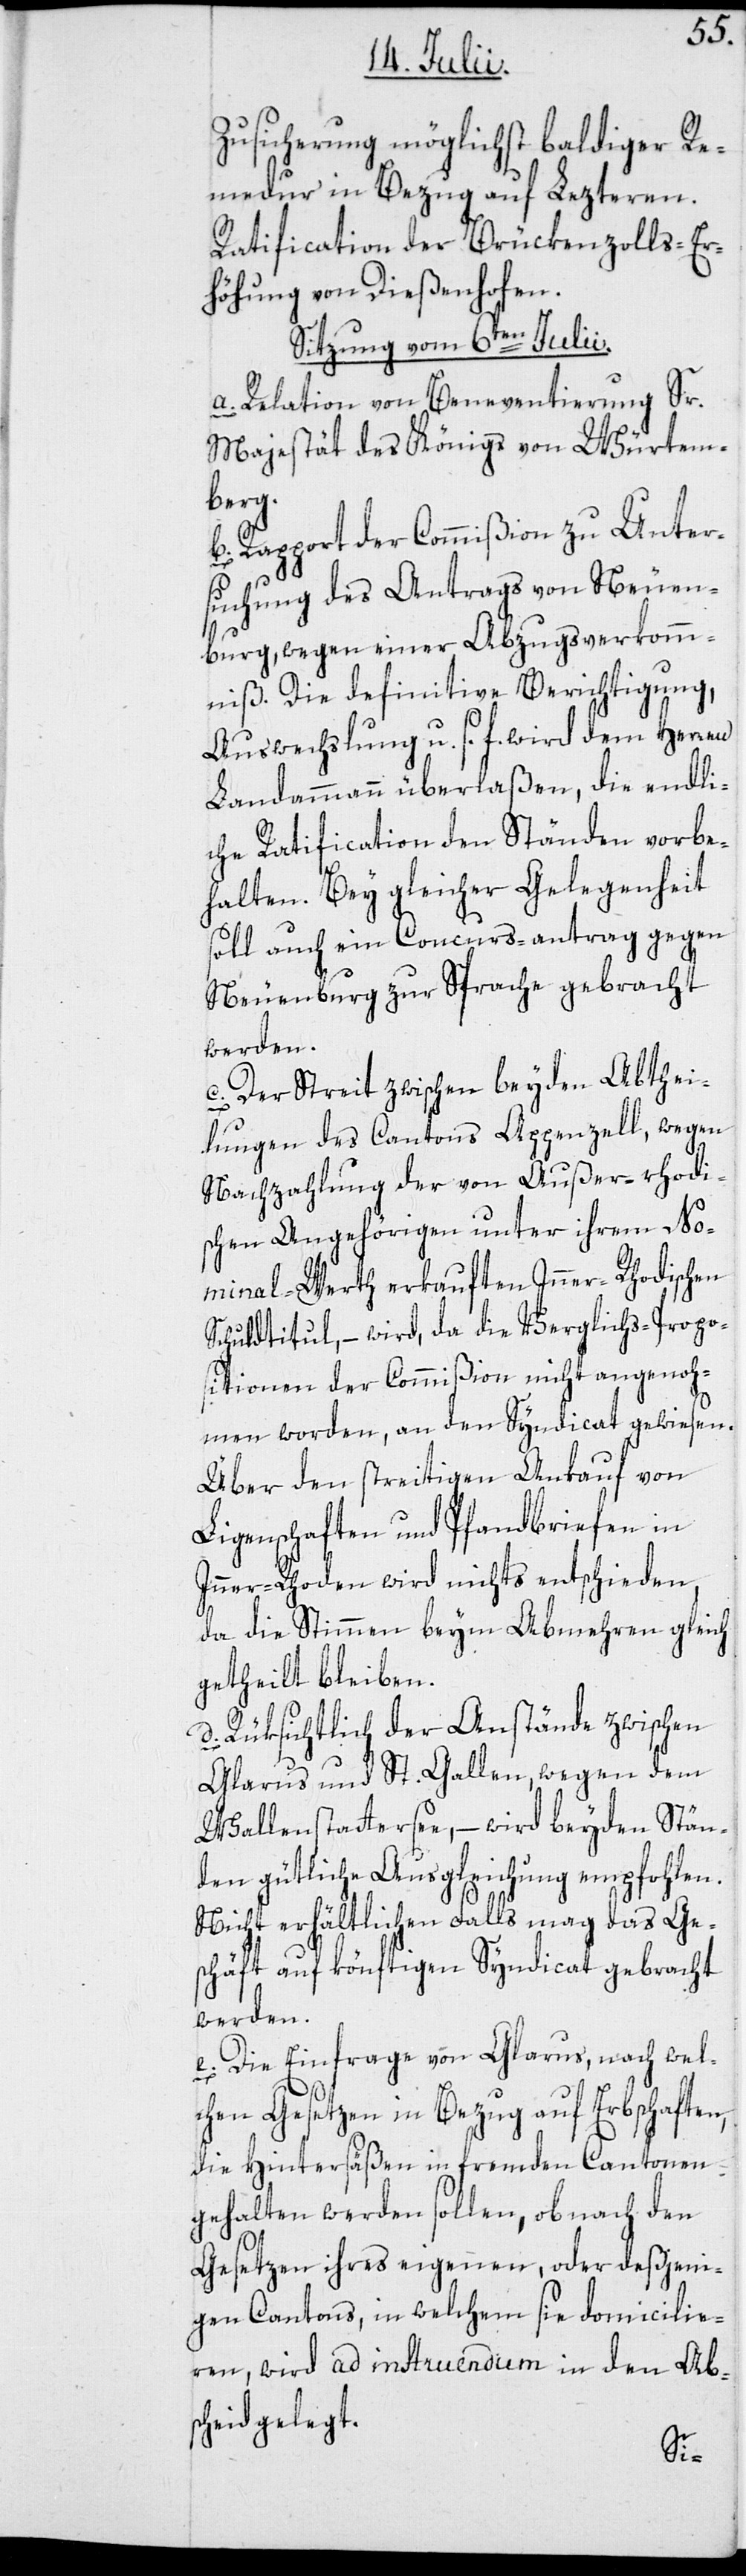
Zusicherung möglichst baldiger Re¬
medur in Bezug auf Lezteren.
Ratification der Brückenzolls-Er¬
höhung von Dießenhofen.
Sitzung vom 6ten Julii.
a. Relation von Beneventierung Sr.
Majestät des Königs von Würtem¬
berg.
b. Rapport der Commißion zu Unter¬
suchung des Antrags von Neuen¬
burg, wegen einer Abzugesverkomm¬
niß. Die definitive Berichtigung,
Auswechslung u. s. f. wird dem Herren
Landammann überlaßen, die endli¬
che Ratification den Ständen vorbe¬
halten. Bey gleicher Gelegenheit
soll auch ein Concurs-antrag gegen
Neuenburg zur Sprache gebracht
werden.
c. Der Streit zwischen beyden Abthei¬
lungen des Cantons Appenzell, wegen
Nachzahlung der von Außer-rhodi¬
schen Angehörigen unter ihrem No¬
minal-Werth erkauften Inner-Rhodischen
Schuldtitul, – wird, da die Verglichs-Propo¬
sitionen der Commißion nicht angenoh¬
men worden, an den Syndicat gewiesen.
Über den streitigen Ankauf von
Ligenschaften und Pfandbriefen in
Inner-Rhoden wird nichts entschieden,
da die Stimmen beym Abmehren gleich
getheilt bleiben.
d. Rüksichtlich der Anstände zwischen
Glarus und St. Gallen wegen dem
Wallenstattersee, – wird beyden Stän¬
den gütliche Ausgleichung empfohlen.
Nicht erhältlichen Falls mag das Ge¬
schäft auf könftigen Syndicat gebracht
werden.
e. Die Einfrage von Glarus, nach wel¬
chen Gesetzen in Bezug auf Erbschaften,
die Hintersäßen in fremden Cantonen
gehalten werden sollen, ob nach den
Gesetzen ihres eigenen oder deßjeni¬
gen Cantons, in welchem sie domicilie¬
ren, wird ad instruendum in den Ab¬
scheid gelegt.